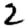
Digit: 2